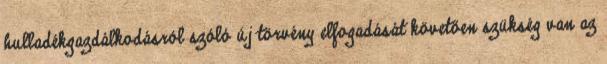
hulladékgazdálkodásról szóló új törvény elfogadását követően szükség van az